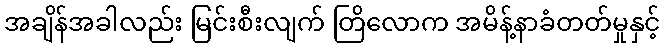
အချိန်အခါလည်း မြင်းစီးလျက် တြိလောက အမိန့်နာခံတတ်မှုနှင့်